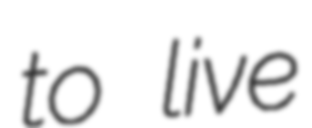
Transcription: to live